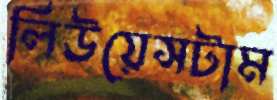
লিউয়েসটাম